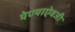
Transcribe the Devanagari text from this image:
येण्याऐवजी